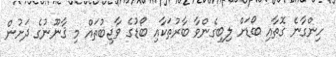
ހިންގާނެ ގޮތާއި ބޯޑަށް ލިބިގެންވާ ބާރުތަކާއި ބޯޑުގެ ވާޖިބުތައް މި ޤާނޫނުގެ ދަށުން